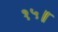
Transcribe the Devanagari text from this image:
१५॥